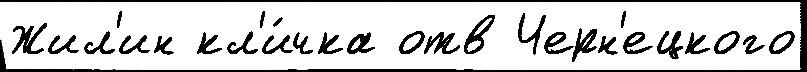
Жил'ин кл'и́чка отв Черн'ецкого